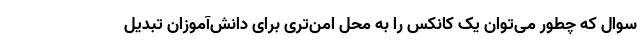
سوال که چطور می‌توان یک کانکس را به محل امن‌تری برای دانش‌آموزان تبدیل